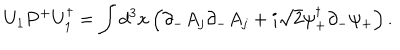
U _ { 1 } P ^ { + } U _ { 1 } ^ { \dagger } = \int d ^ { 3 } x \left( \partial _ { - } A _ { j } \partial _ { - } A _ { j } + i \sqrt { 2 } \psi _ { + } ^ { \dagger } \partial _ { - } \psi _ { + } \right) .